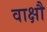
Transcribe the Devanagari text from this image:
वाक्षौ